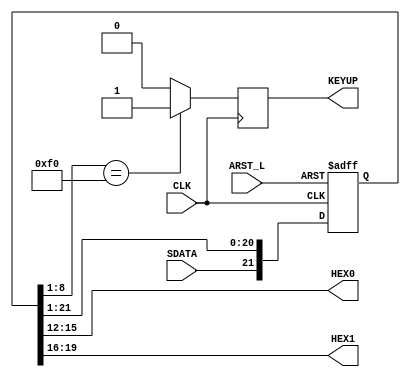
`timescale 1ns / 1ps
//22
//
//KBSDATA" F0"
module KBDecoder(
    input CLK,//usb
    input SDATA,//usb
    input ARST_L,//
    output [3:0] HEX0,//16
    output [3:0] HEX1,//16
    output reg KEYUP//1
    );
    
wire arst_i, rollover_i;
reg [21:0] Shift;

assign arst_i = ~ARST_L;
// 
assign HEX0[3:0] = Shift[15:12];
assign HEX1[3:0] = Shift[19:16];

// 2211FOXX,XX
always @(negedge CLK or posedge arst_i) begin;
    if(arst_i)begin
        Shift <= 22'b0000000000000000000000;
    end
    else begin
        Shift <= {SDATA, Shift[21:1]}; //
    end
end

//F01
always @(posedge CLK) begin
    if(Shift[8:1] == 8'hF0) begin
        KEYUP <= 1'b1;
    end
    else begin
        KEYUP <= 1'b0;
    end    
end    

endmodule